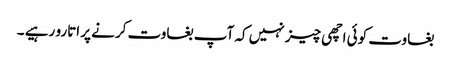
بغاوت کوئی اچھی چیز نہیں کہ آپ بغاوت کرنے پر اتارو رہیے ۔